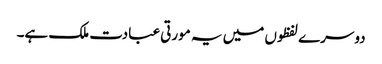
دوسرے لفظوں میں یہ مورتی عبادت ملک ہے۔